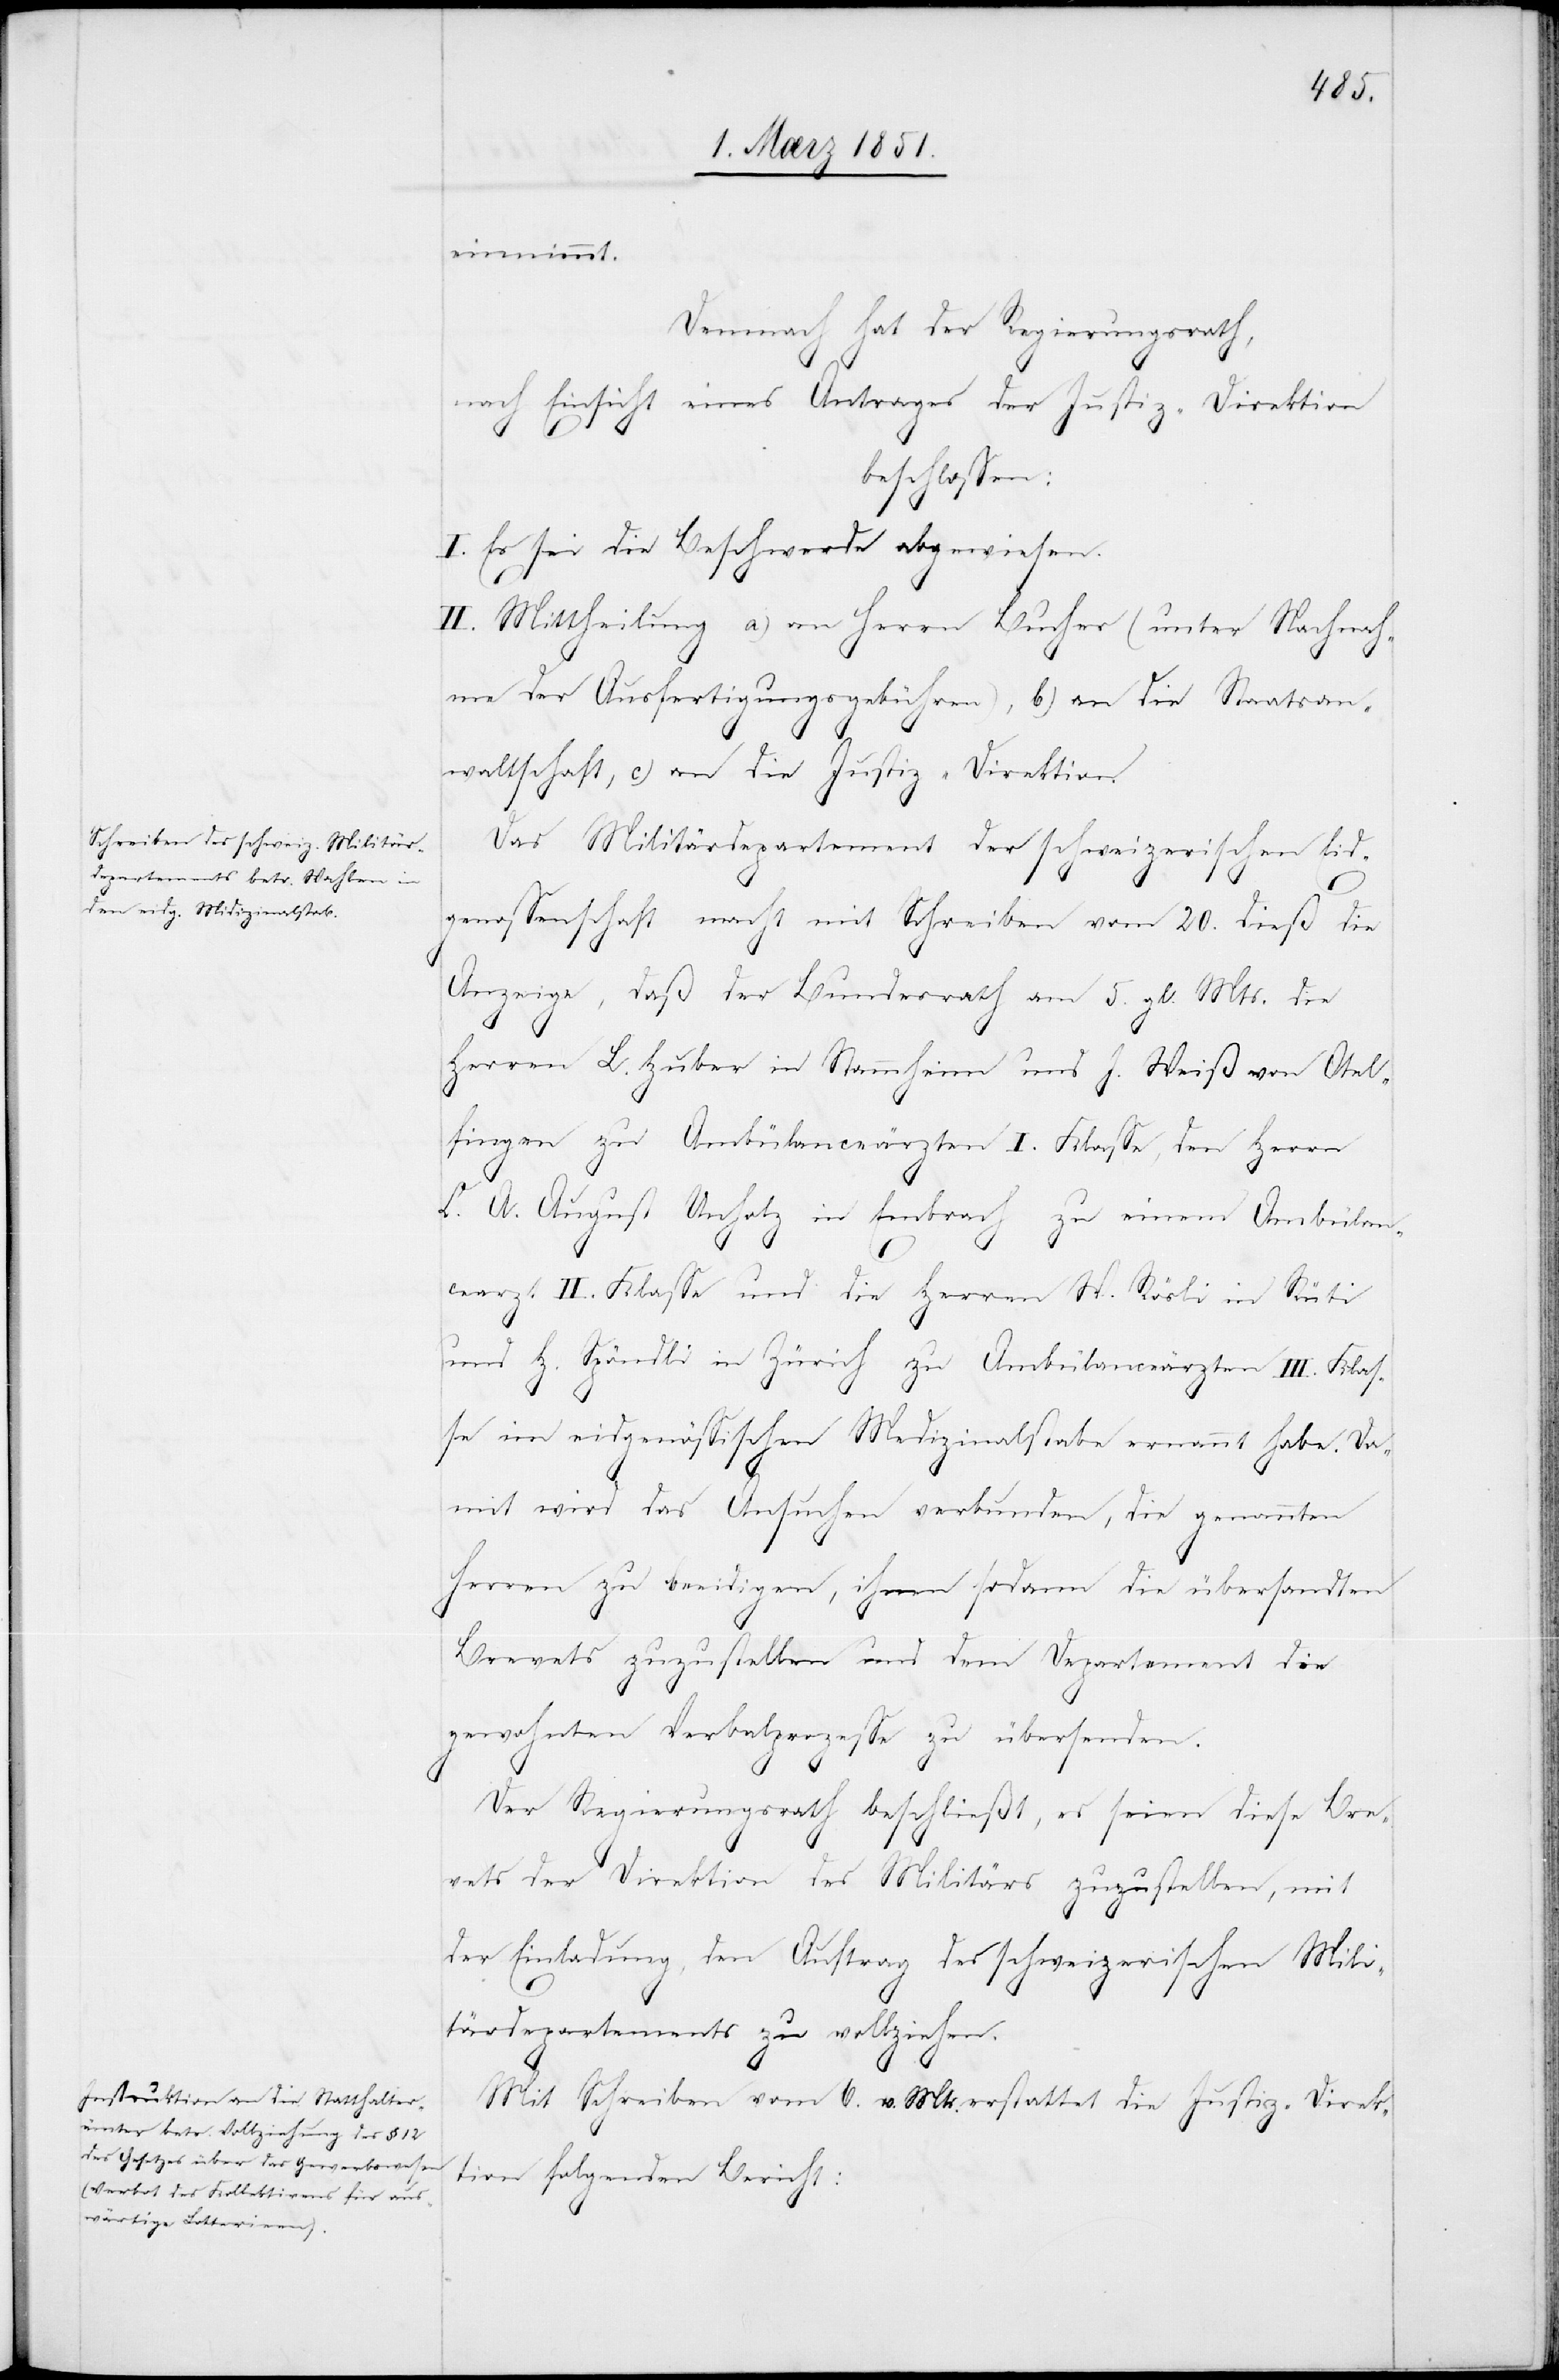
einnimmt.
Demnach hat der Regierungsrath,
nach Einsicht eines Antrages der Justiz-Direktion
beschlossen:
I. Es sei die Beschwerde abgewiesen.
II. Mittheilung a) an Herrn Bucher (unter Nachnah¬
me der Ausfertigungsgebühren), b) an die Staatsan¬
waltschaft, c) an die Justiz-Direktion.
Das Militärdepartement der schweizerischen Eid¬
genossenschaft macht mit Schreiben vom 20. dieß die
Anzeige, daß der Bundesrath am 5. gl. Mts. die
Herren L. Huber in Stammheim und J. Weiß von Otel¬
fingen zu Ambülanceärzten I. Klasse, den Herrn
C. A. August Unholz in Embrach zu einem Ambülan¬
cearzt II. Klasse und die Herren W. Rösli in Rüti
und H. Spöndli in Zürich zu Ambülanceärzten III. Klas¬
se im eidgenössischen Medizinalstabe ernannt habe. Da¬
mit wird das Ansuchen verbunden, die genannten
Herren zu beeidigen, ihnen sodann die übersandten
Brevets zuzustellen und dem Departement die
gewohnten Verbalprozesse zu übersenden.
Der Regierungsrath beschließt, es seien diese Bre¬
vets der Direktion des Militärs zuzustellen, mit
der Einladung, den Auftrag des schweizerischen Mili¬
tärdepartements zu vollziehen.
Mit Schreiben vom 6. v. Mts. erstattet die Justiz-Direk¬
tion folgenden Bericht: